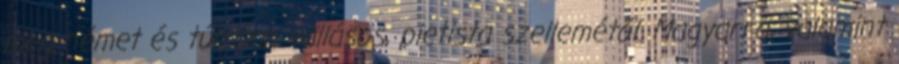
meg német és túlzóan vallásos, pietista szellemétől. Magyarrá, valamint